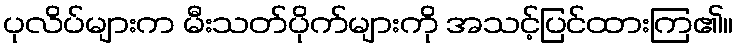
ပုလိပ်များက မီးသတ်ပိုက်များကို အသင့်ပြင်ထားကြ၏။